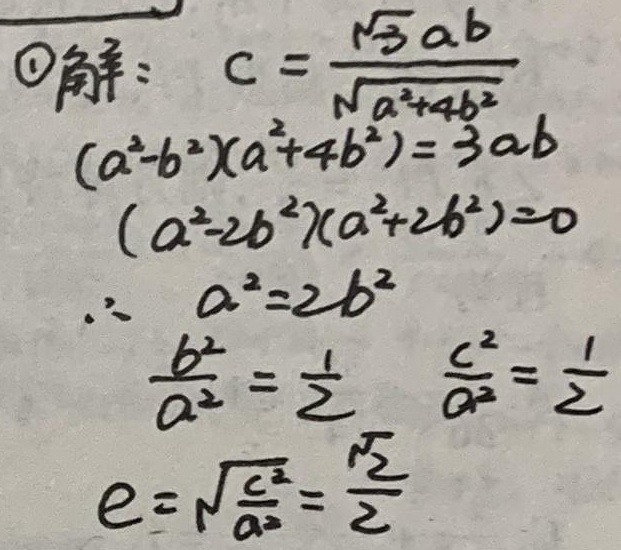
\textcircled{1}解：$c = \frac{\sqrt{3}ab}{\sqrt{a^{2}+4b^{2}}}$
$(a^{2}-b^{2})(a^{2}+4b^{2}) = 3ab$
$(a^{2}-2b^{2})(a^{2}+2b^{2}) = 0$
$\therefore a^{2}=2b^{2}$
$\frac{b^{2}}{a^{2}}=\frac{1}{2}$ $\frac{c^{2}}{a^{2}}=\frac{1}{2}$
$e = \sqrt{\frac{c^{2}}{a^{2}}}=\frac{\sqrt{2}}{2}$